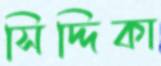
সিদ্দিকা